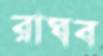
রাঘব